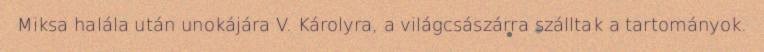
Miksa halála után unokájára V. Károlyra, a világcsászárra szálltak a tartományok.